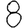
Digit: 8